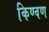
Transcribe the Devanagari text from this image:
किण्वण